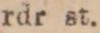
rdr st.